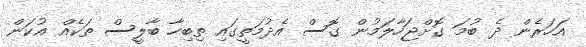
އަހަރެން ދެ ބުމަ ގޮށްޖަހާލަމުން ގޮސް އެދުމަތީގައި ތިބިހާ ބާލީސް ތަކެއް އުކަން